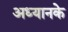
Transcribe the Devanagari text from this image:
अध्यानके